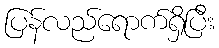
ပြန်လည်ရောက်ရှိပြီး